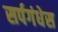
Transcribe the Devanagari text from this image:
सर्पगंधेस